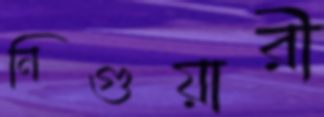
নিগুয়ারী